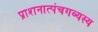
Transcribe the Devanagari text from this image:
प्राशनात्पंचगव्यस्य